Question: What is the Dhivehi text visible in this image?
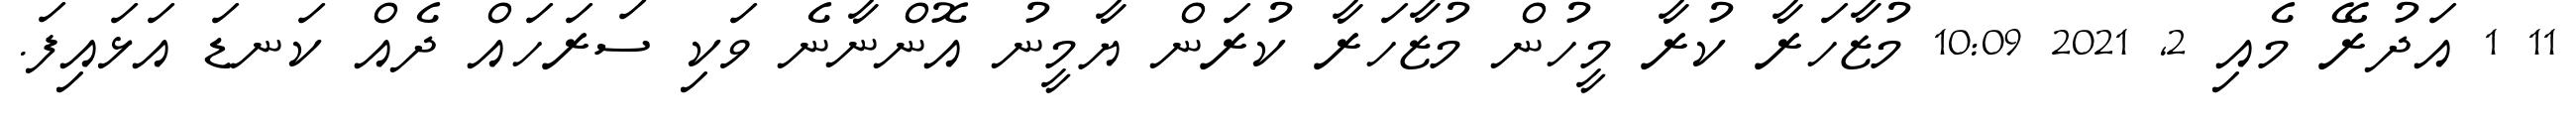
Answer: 11 1 އަދުރޭ މެއި 2, 2021 10:09 މުޒާހަރާ ކުރާ މީހުން މުޒާހަރާ ކުރަން ޔާމީނު އޮންނާނެ ވަކި ސަރަހައް ދެއް ކަނޑަ އަޅައިފަ.